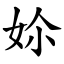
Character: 㚷